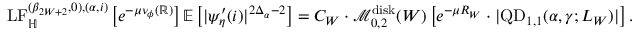
\mathrm { L F } _ { \mathbb H } ^ { ( \beta _ { 2 W + 2 } , 0 ) , ( \alpha , i ) } \left[ e ^ { - \mu \nu _ { \phi } ( \mathbb R ) } \right] \mathbb E \left[ | \psi _ { \eta } ^ { \prime } ( i ) | ^ { 2 \Delta _ { \alpha } - 2 } \right] = C _ { W } \cdot \mathcal M _ { 0 , 2 } ^ { \mathrm { d i s k } } ( W ) \left[ e ^ { - \mu R _ { W } } \cdot | \mathrm { Q D } _ { 1 , 1 } ( \alpha , \gamma ; L _ { W } ) | \right] .